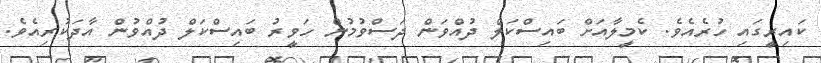
ކައިރީގައި ހުރެއެވެ. ކެމީލާއަށް ބައިސްކަލް ދުއްވަން ދަސްވުމުން ހަވީރު ބައިސްކަލް ދުއްވުން އާދަކުރިއެވެ.